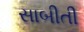
સાબીતી